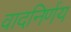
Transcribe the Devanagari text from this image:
वादनिर्णय